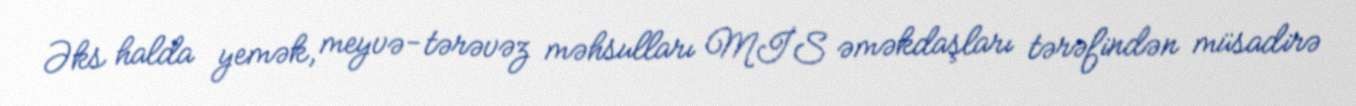
Əks halda yemək, meyvə-tərəvəz məhsulları MİS əməkdaşları tərəfindən müsadirə